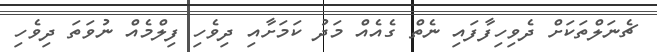
ޗެނަލްތަކަށް ދެވިހިފާފައި ނެތް ގެއެއް މަދު ކަމަށާއި ދިވެހި ފިލްމެއް ނުވަތަ ދިވެހި